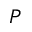
P